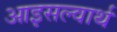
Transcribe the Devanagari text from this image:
आइसल्वार्थ